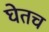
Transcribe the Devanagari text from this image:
घेतच